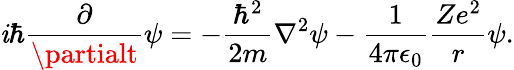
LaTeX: \mathit{i}\hbar{\frac{{\partial}}{{\partialt}}}\psi=-{\frac{{\hbar^{2}}}{{2m}}}\nabla^{2}\psi-{\frac{{1}}{{4\pi\epsilon_{0}}}}{\frac{{Ze^{2}}}{{r}}}\psi.